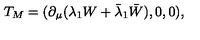
T _ { M } = ( \partial _ { \mu } ( \lambda _ { 1 } W + \bar { \lambda } _ { 1 } \bar { W } ) , 0 , 0 ) ,